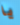
يا